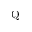
\mathrm { Q }